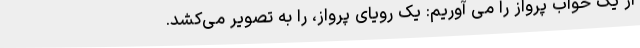
از یک خواب پرواز را می آوریم: یک رویای پرواز، را به تصویر می‌کشد.